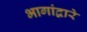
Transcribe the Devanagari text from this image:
भागांद्वारे